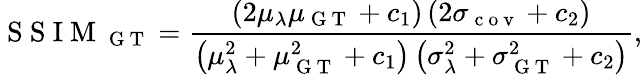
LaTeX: \mathrm{~S~S~I~M~}_{\mathrm{~G~T~}}=\frac{\left(2\mu_{\lambda}\mu_{\mathrm{~G~T~}}+c_{1}\right)\left(2\sigma_{\mathrm{~c~o~v~}}+c_{2}\right)}{\left(\mu_{\lambda}^{2}+\mu_{\mathrm{~G~T~}}^{2}+c_{1}\right)\left(\sigma_{\lambda}^{2}+\sigma_{\mathrm{~G~T~}}^{2}+c_{2}\right)},